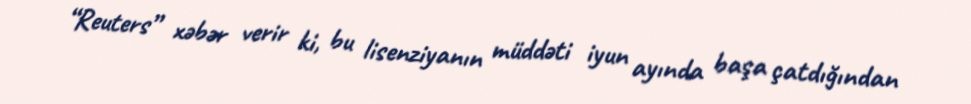
“Reuters” xəbər verir ki, bu lisenziyanın müddəti iyun ayında başa çatdığından